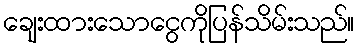
ချေးထားသောငွေကိုပြန်သိမ်းသည်။